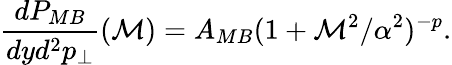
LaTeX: \frac{dP_{MB}}{dyd^{2}p_{\perp}}({\cal M})=A_{MB}(1+{\cal M}^{2}/\alpha^{2})^{-p}.